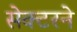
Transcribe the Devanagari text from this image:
सेक्टरने